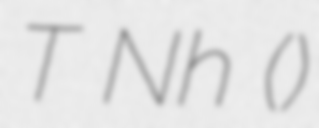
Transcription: Tố Như (素如)